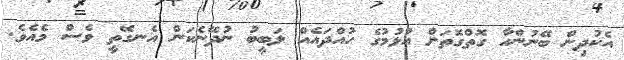
އެކުދިން ބޭނުންހާ ގޮތްގޮތަށް އުޅުމުގެ ހުއްދައެއް ލަބީބު ނުދޭނެކަން އެނގޭތީ ވެސް މެއެވެ.